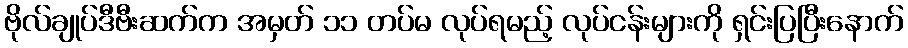
ဗိုလ်ချုပ်ဒီဗီးဆက်က အမှတ် ၁၁ တပ်မ လုပ်ရမည့် လုပ်ငန်းများကို ရှင်းပြပြီးနောက်